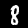
Label: 8